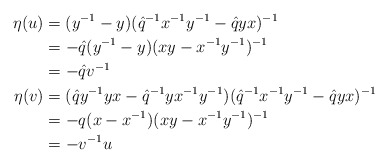
\begin{align*}\eta(u) &= (y^{-1} - y)(\hat{q}^{-1}x^{-1}y^{-1} - \hat{q}yx)^{-1} \\&=-\hat{q}(y^{-1} - y)(xy -x^{-1}y^{-1})^{-1} \\&=-\hat{q}v^{-1} \\\eta(v) &= (\hat{q}y^{-1}yx - \hat{q}^{-1}yx^{-1}y^{-1})(\hat{q}^{-1}x^{-1}y^{-1} - \hat{q}yx)^{-1} \\&= -q(x-x^{-1})(xy-x^{-1}y^{-1})^{-1} \\&= -v^{-1}u \end{align*}